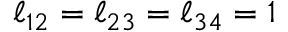
\ell _ { 1 2 } = \ell _ { 2 3 } = \ell _ { 3 4 } = 1